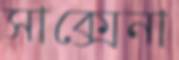
সাক্সেনা